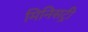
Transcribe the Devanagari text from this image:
मिनिसट्री